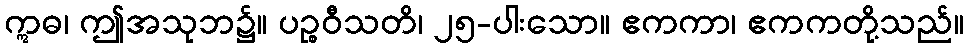
ဣဓ၊ ဤအသုဘ၌။ ပဉ္စဝီသတိ၊ ၂၅-ပါးသော။ ဧကကာ၊ ဧကကတို့သည်။